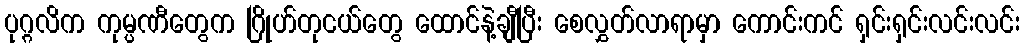
ပုဂ္ဂလိက ကုမ္ပဏီတွေက ဂြိုဟ်တုငယ်တွေ ထောင်နဲ့ချီပြီး စေလွှတ်လာရာမှာ ကောင်းကင် ရှင်းရှင်းလင်းလင်း